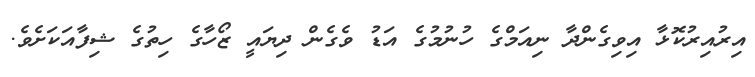
އިރުއިރުކޮޅާ އިވިގެންދާ ނިއަމްގެ ހުނުމުގެ އަޑު ވެގެން ދިޔައީ ޒޯހާގެ ހިތުގެ ޝިފާއަކަށެވެ.